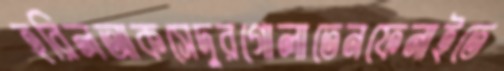
হরিলআকসেদুরগোলাতেনফেনাইতে